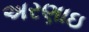
અરણાઇ